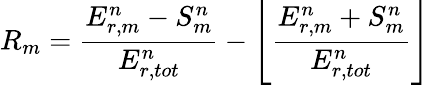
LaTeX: R_{m}=\frac{E_{r,m}^{n}-S_{m}^{n}}{E_{r,tot}^{n}}-\left\lfloor\frac{E_{r,m}^{n}+S_{m}^{n}}{E_{r,tot}^{n}}\right\rfloor